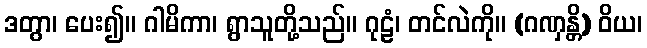
ဒတွာ၊ ပေး၍။ ဂါမိကာ၊ ရွာသူတို့သည်။ ဂုဠံ၊ တင်လဲကို။ (ဂဏှန္တိ) ဝိယ၊